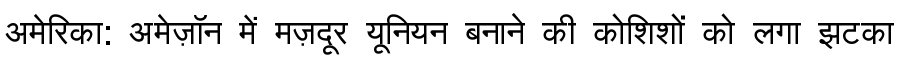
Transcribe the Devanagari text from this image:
अमेरिका: अमेज़ॉन में मज़दूर यूनियन बनाने की कोशिशों को लगा झटका